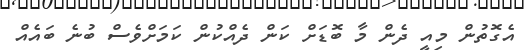
އެގޮތުން މިއީ ދެން މާ ބޮޑަށް ކަން ދެއްކުން ކަމަށްވެސް ބުނެ ބައެއް